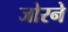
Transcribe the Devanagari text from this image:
जोरने